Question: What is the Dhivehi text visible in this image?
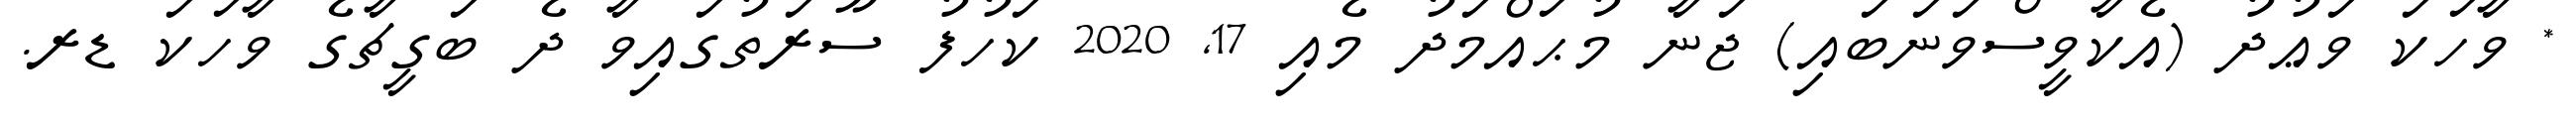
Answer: * ވާހަކަ ވަޢުދު (އެކާވީސްވަނަބައި) ޖަނާ މުޙައްމަދު މެއި 17, 2020 ކަހުފު ސޫރަތުގައިވާ ދެ ބަގީޗާގެ ވާހަކަ ޑރ.